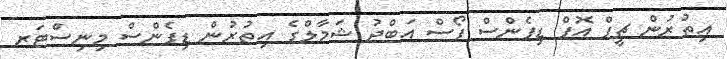
އިތުރުން ޗީފް އޮޮފް ޑިފެންސް ފޯސް އަބްދު ޝަމާލްގެ އިތުރުން ޑިފެންސް މިނިސްޓަރ